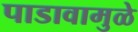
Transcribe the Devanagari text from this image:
पाडावामुळे